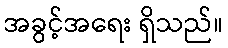
အခွင့်အရေး ရှိသည်။